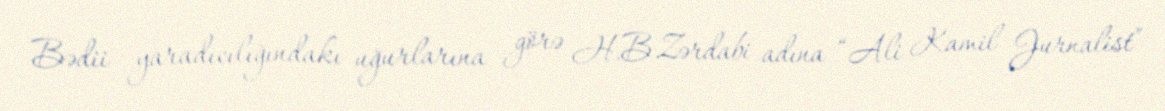
Bədii yaradıcılığındakı uğurlarına görə H.B.Zərdabi adına “Ali Kamil Jurnalist”